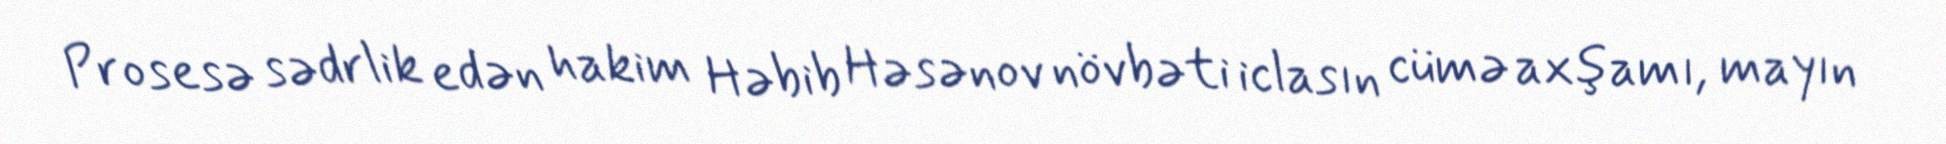
Prosesə sədrlik edən hakim Həbib Həsənov növbəti iclasın cümə axşamı, mayın